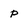
Character: p